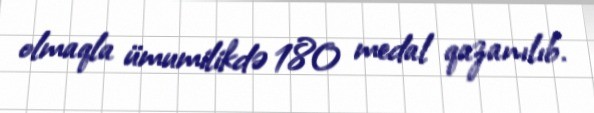
olmaqla ümumilikdə 180 medal qazanılıb.